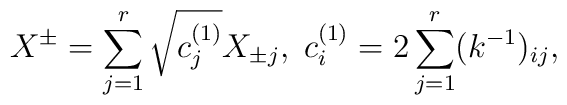
X^{\pm}=\sum_{j=1}^r\sqrt{c_j^{(1)}}X_{\pm j},\;c_i^{(1)}=2\sum_{j=1}^r(k^{-1})_{ij},